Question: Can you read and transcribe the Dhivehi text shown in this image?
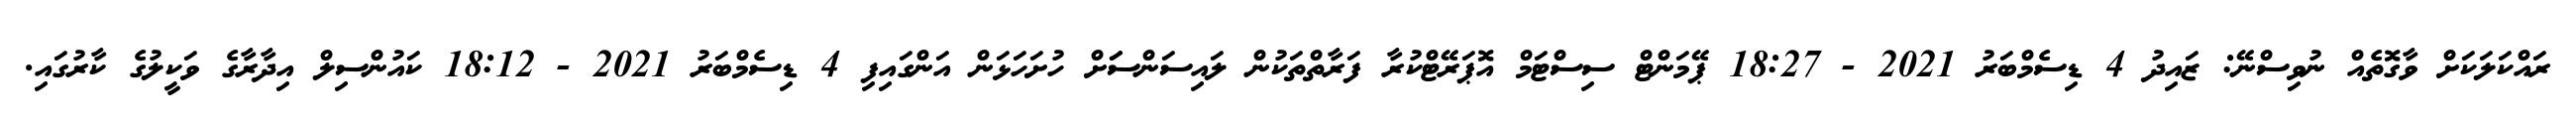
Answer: ރައްކަލަކަށް ވާގޮތެއް ނުވިސްނޭ: ޒައިދު 4 ޑިސެމްބަރު 2021 - 18:27 ޕޭމަންޓް ސިސްޓަމް އޮޕަރޭޓްކުރާ ފަރާތްތަކުން ލައިސަންސަަށް ހުށަހަޅަން އަންގައިފި 4 ޑިސެމްބަރު 2021 - 18:12 ކައުންސިލް އިދާރާގެ ވަކީލުގެ ކާރުގައި.